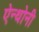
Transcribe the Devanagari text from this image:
ऐन्थोनी